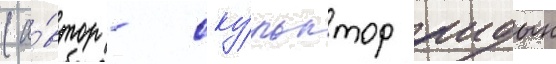
(а́втор - ску́льптор аидын